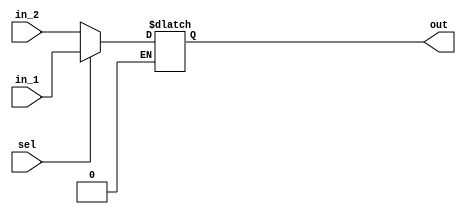
module jump_mux (input [31:0] in_1, input [31:0] in_2, input sel, output reg [31:0] out);

always @ (in_1 or in_2 or sel)
if (sel == 1'b0) begin
out = in_2;
end else if (sel == 1'b1) begin
out = in_1;
end
endmodule